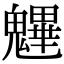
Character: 魓